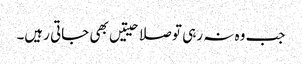
جب وہ نہ رہی تو صلاحیتیں بھی جاتی رہیں۔